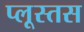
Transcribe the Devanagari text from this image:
प्लूस्तस